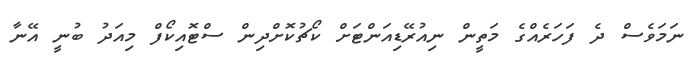
ނަމަވެސް ދެ ފަހަރެއްގެ މަތީން ނިއުރޭޑިއަންޓަށް ކޯޗުކޮށްދިން ސްޓޮއިކޯފް މިއަދު ބުނީ އޭނާ